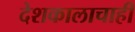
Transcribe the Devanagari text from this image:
देशकालाचाही